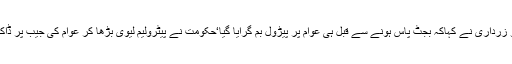
بلاول بھٹو زرداری نے کہاکہ بجٹ پاس ہونے سے قبل ہی عوام پر پیڑول بم گرایا گیا‘حکومت نے پیٹرولیم لیوی بڑھا کر عوام کی جیب پر ڈاکہ ڈالا ہے۔